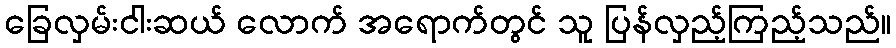
ခြေလှမ်းငါးဆယ် လောက် အရောက်တွင် သူ ပြန်လှည့်ကြည့်သည်။